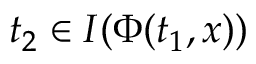
\ t _ { 2 } \in I ( \Phi ( t _ { 1 } , x ) )